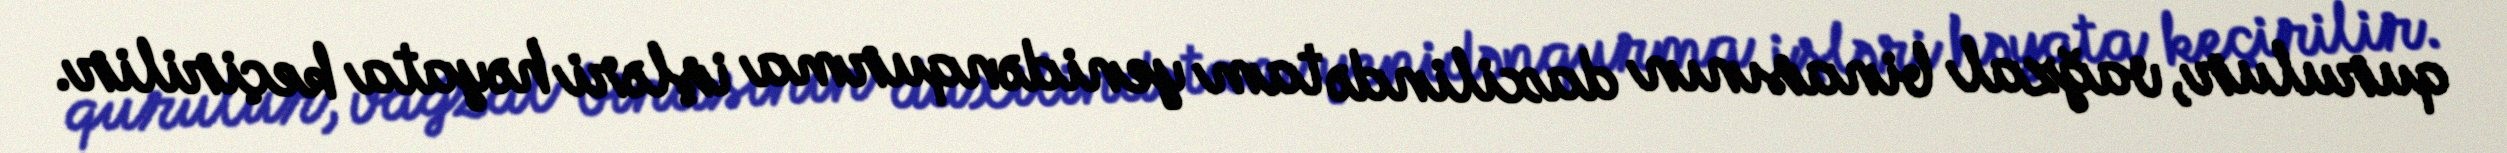
qurulur, vağzal binasının daxilində tam yenidənqurma işləri həyata keçirilir.